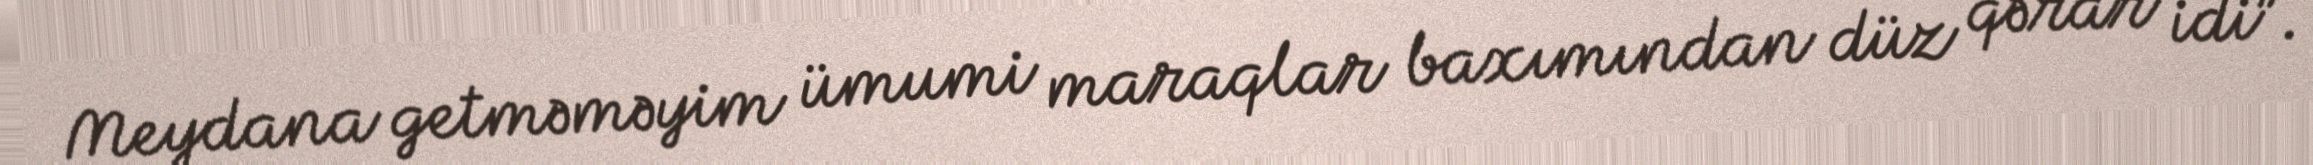
Meydana getməməyim ümumi maraqlar baxımından düz qərar idi”.